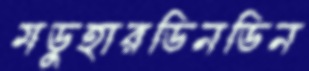
মডুহারডিনডিন